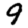
Digit: 9